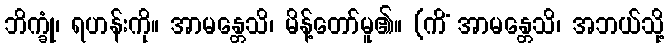
ဘိက္ခုံ၊ ရဟန်းကို။ အာမန္တေသိ၊ မိန့်တော်မူ၏။ (ကိံ အာမန္တေသိ၊ အဘယ်သို့